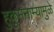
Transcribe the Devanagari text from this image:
हुकुमनाम्यामुळे